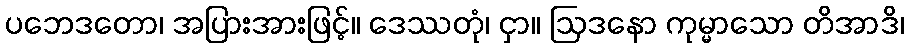
ပဘေဒတော၊ အပြားအားဖြင့်။ ဒေဿတုံ၊ ငှာ။ ဩဒနော ကုမ္မာသော တိအာဒိ၊